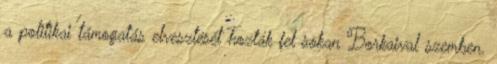
a politikai támogatás elvesztését hozták fel sokan Borkaival szemben.